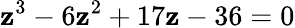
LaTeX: \mathbf{z}^{3}-6\mathbf{z}^{2}+17\mathbf{z}-36=0